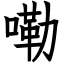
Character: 嘞